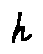
h